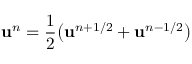
\mathbf { u } ^ { n } = \frac 1 2 \bigl ( \mathbf { u } ^ { n + 1 / 2 } + \mathbf { u } ^ { n - 1 / 2 } \bigr )